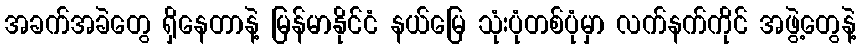
အခက်အခဲတွေ ရှိနေတာနဲ့ မြန်မာနိုင်ငံ နယ်မြေ သုံးပုံတစ်ပုံမှာ လက်နက်ကိုင် အဖွဲ့တွေနဲ့